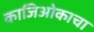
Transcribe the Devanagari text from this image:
काजिओकाचा